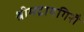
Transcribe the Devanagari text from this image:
श्रीमद्रायगिरौ